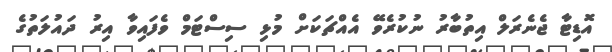
އޮޑިޓާ ޖެނެރަލް އިތުބާރު ނުކުރެވޭ އެއްޗަކަށް މުޅި ސިސްޓަމް ވެފައިވާ އިރު ދައުލަތުގެ